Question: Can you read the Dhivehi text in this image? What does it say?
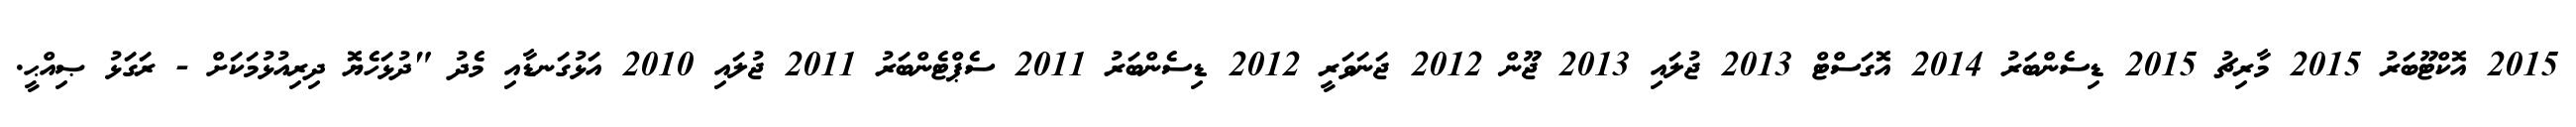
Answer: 2015 އޮކްޓޫބަރު 2015 މާރިޗު 2015 ޑިސެންބަރު 2014 އޮގަސްޓް 2013 ޖުލައި 2013 ޖޫން 2012 ޖަނަވަރީ 2012 ޑިސެންބަރު 2011 ސެޕްޓެންބަރު 2011 ޖުލައި 2010 އަޅުގަނޑާއި މެދު "ދުޅަހެޔޮ ދިރިއުޅުމަކަށް - ރަގަޅު ޞިއްޙީ.